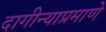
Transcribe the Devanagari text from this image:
दागीन्याप्रमाणे